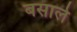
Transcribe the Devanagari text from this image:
बसाले